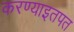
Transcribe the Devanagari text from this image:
करण्याइतपत